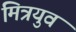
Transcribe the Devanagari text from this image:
मित्रयुव